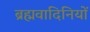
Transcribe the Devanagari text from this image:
ब्रह्मवादिनियों